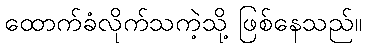
ထောက်ခံလိုက်သကဲ့သို့ ဖြစ်နေသည်။